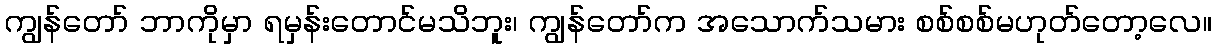
ကျွန်တော် ဘာကိုမှာ ရမှန်းတောင်မသိဘူး၊ ကျွန်တော်က အသောက်သမား စစ်စစ်မဟုတ်တော့လေ။